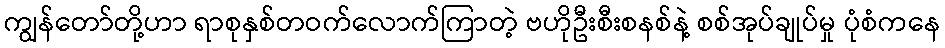
ကျွန်တော်တို့ဟာ ရာစုနှစ်တဝက်လောက်ကြာတဲ့ ဗဟိုဦးစီးစနစ်နဲ့ စစ်အုပ်ချုပ်မှု ပုံစံကနေ